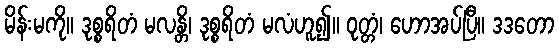
မိန်းမကို။ ဒုစ္စရိတံ မလန္တိ၊ ဒုစ္စရိတံ မလံဟူ၍။ ဝုတ္တံ၊ ဟောအပ်ပြီ။ ဒဒတော